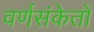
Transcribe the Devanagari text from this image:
वर्णसंकेतों